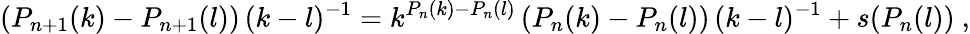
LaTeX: (P_{n+1}(k)-P_{n+1}(l))\, (k-l)^{-1}=k^{P_{n}(k)-P_{n}(l)}\, (P_{n}(k)-P_{n}(l))\, (k-l)^{-1}+s(P_{n}(l))\ ,